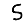
Digit: 5